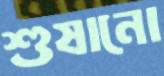
শুষানো